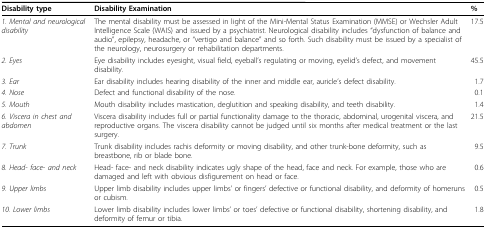
| Disability type | Disability Examination | % |
 | --- | --- | --- |
 | 1. Mental and neurological disability | The mental disability must be assessed in light of the Mini-Mental Status Examination (MMSE) or Wechsler Adult Intelligence Scale (WAIS) and issued by a psychiatrist. Neurological disability includes "dysfunction of balance and audio", epilepsy, headache, or "vertigo and balance" and so forth. Such disability must be issued by a specialist of the neurology, neurosurgery or rehabilitation departments. | 17.5 |
 | 2. Eyes | Eye disability includes eyesight, visual field, eyeball's regulating or moving, eyelid's defect, and movement disability. | 45.5 |
 | 3. Ear | Ear disability includes hearing disability of the inner and middle ear, auricle's defect disability. | 1.7 |
 | 4. Nose | Defect and functional disability of the nose. | 0.1 |
 | 5. Mouth | Mouth disability includes mastication, deglutition and speaking disability, and teeth disability. | 1.4 |
 | 6. Viscera in chest and abdomen | Viscera disability includes full or partial functionality damage to the thoracic, abdominal, urogenital viscera, and reproductive organs. The viscera disability cannot be judged until six months after medical treatment or the last surgery. | 21.5 |
 | 7. Trunk | Trunk disability includes rachis deformity or moving disability, and other trunk-bone deformity, such as breastbone, rib or blade bone. | 9.5 |
 | 8. Head- face- and neck | Head- face- and neck disability indicates ugly shape of the head, face and neck. For example, those who are damaged and left with obvious disfigurement on head or face. | 0.6 |
 | 9. Upper limbs | Upper limb disability includes upper limbs' or fingers' defective or functional disability, and deformity of homeruns or cubism. | 0.5 |
 | 10. Lower limbs | Lower limb disability includes lower limbs' or toes' defective or functional disability, shortening disability, and deformity of femur or tibia. | 1.8 |